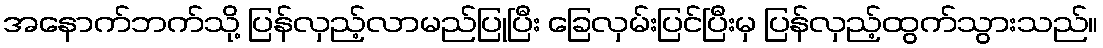
အနောက်ဘက်သို့ ပြန်လှည့်လာမည်ပြုပြီး ခြေလှမ်းပြင်ပြီးမှ ပြန်လှည့်ထွက်သွားသည်။